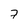
Character: 7